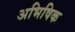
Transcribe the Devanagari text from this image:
अभिषिक